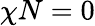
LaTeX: \chi N=0